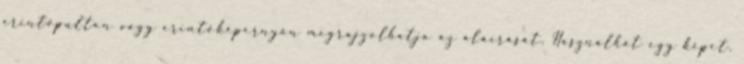
érintőpulton vagy érintőképernyőn megrajzolhatja az aláírását. Használhat egy képet.